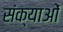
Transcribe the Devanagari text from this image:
संक्याओं